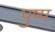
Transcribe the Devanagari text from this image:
पुष्प